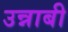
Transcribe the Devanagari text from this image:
उन्नाबी